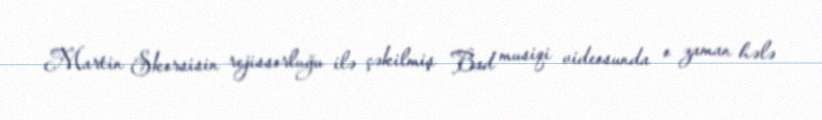
Martin Skorsisin rejissorluğu ilə çəkilmiş Bad musiqi videosunda o zaman hələ